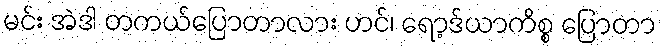
မင်း အဲဒါ တကယ်ပြောတာလား ဟင်၊ ရော့ဒ်ယာကိစ္စ ပြောတာ